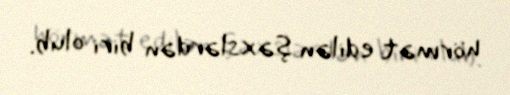
hörmət edilən şəxslərdən biri olub.